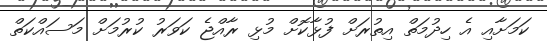
ކަމަށާއި އެ ހިދުމަތް އިތުރަށް ފުޅާކޮށް މުޅި ރާއްޖެ ކަވަރު ކުރުމަށް މަސައްކަތް